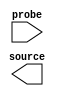

module probe (
	probe,
	source);	

	input	[510:0]	probe;
	output	[31:0]	source;
endmodule